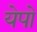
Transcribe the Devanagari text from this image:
येपो